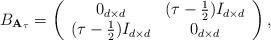
LaTeX: \begin{align*}B_{\bf{A}_\tau}= \left(\begin{array}{cc}0_{d\times d} & (\tau-\frac12)I_{d\times d}\\(\tau-\frac12)I_{d\times d}&0_{d\times d}\end{array}\right),\end{align*}